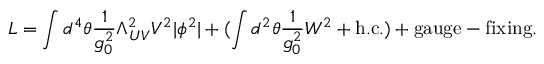
{ \cal L } = \int d ^ { 4 } \theta \frac { 1 } { g _ { 0 } ^ { 2 } } \Lambda _ { U V } ^ { 2 } V ^ { 2 } | \phi ^ { 2 } | + ( \int d ^ { 2 } \theta \frac { 1 } { g _ { 0 } ^ { 2 } } { \cal W } ^ { 2 } + \mathrm { h . c . } ) + \mathrm { g a u g e - f i x i n g } .